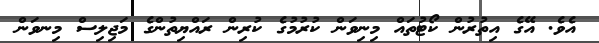
އެވެ. އޭގެ އިތުރުން ކޯޓުތައް މިނިވަން ކުރުމުގެ ކުރިން ރައްޔިތުންގެ މަޖިލިސް މިނވަން